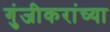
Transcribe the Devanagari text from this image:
गुंजीकरांच्या